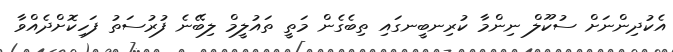
އެކުދިންނަށް ސުކޫލް ނިންމާ ކުރިނބީނގައި ތިބެގެން މަތީ ތައުލީމް ލިބޭނެ ފުރުސަތު ފަހިކޮށްދެއްވާ